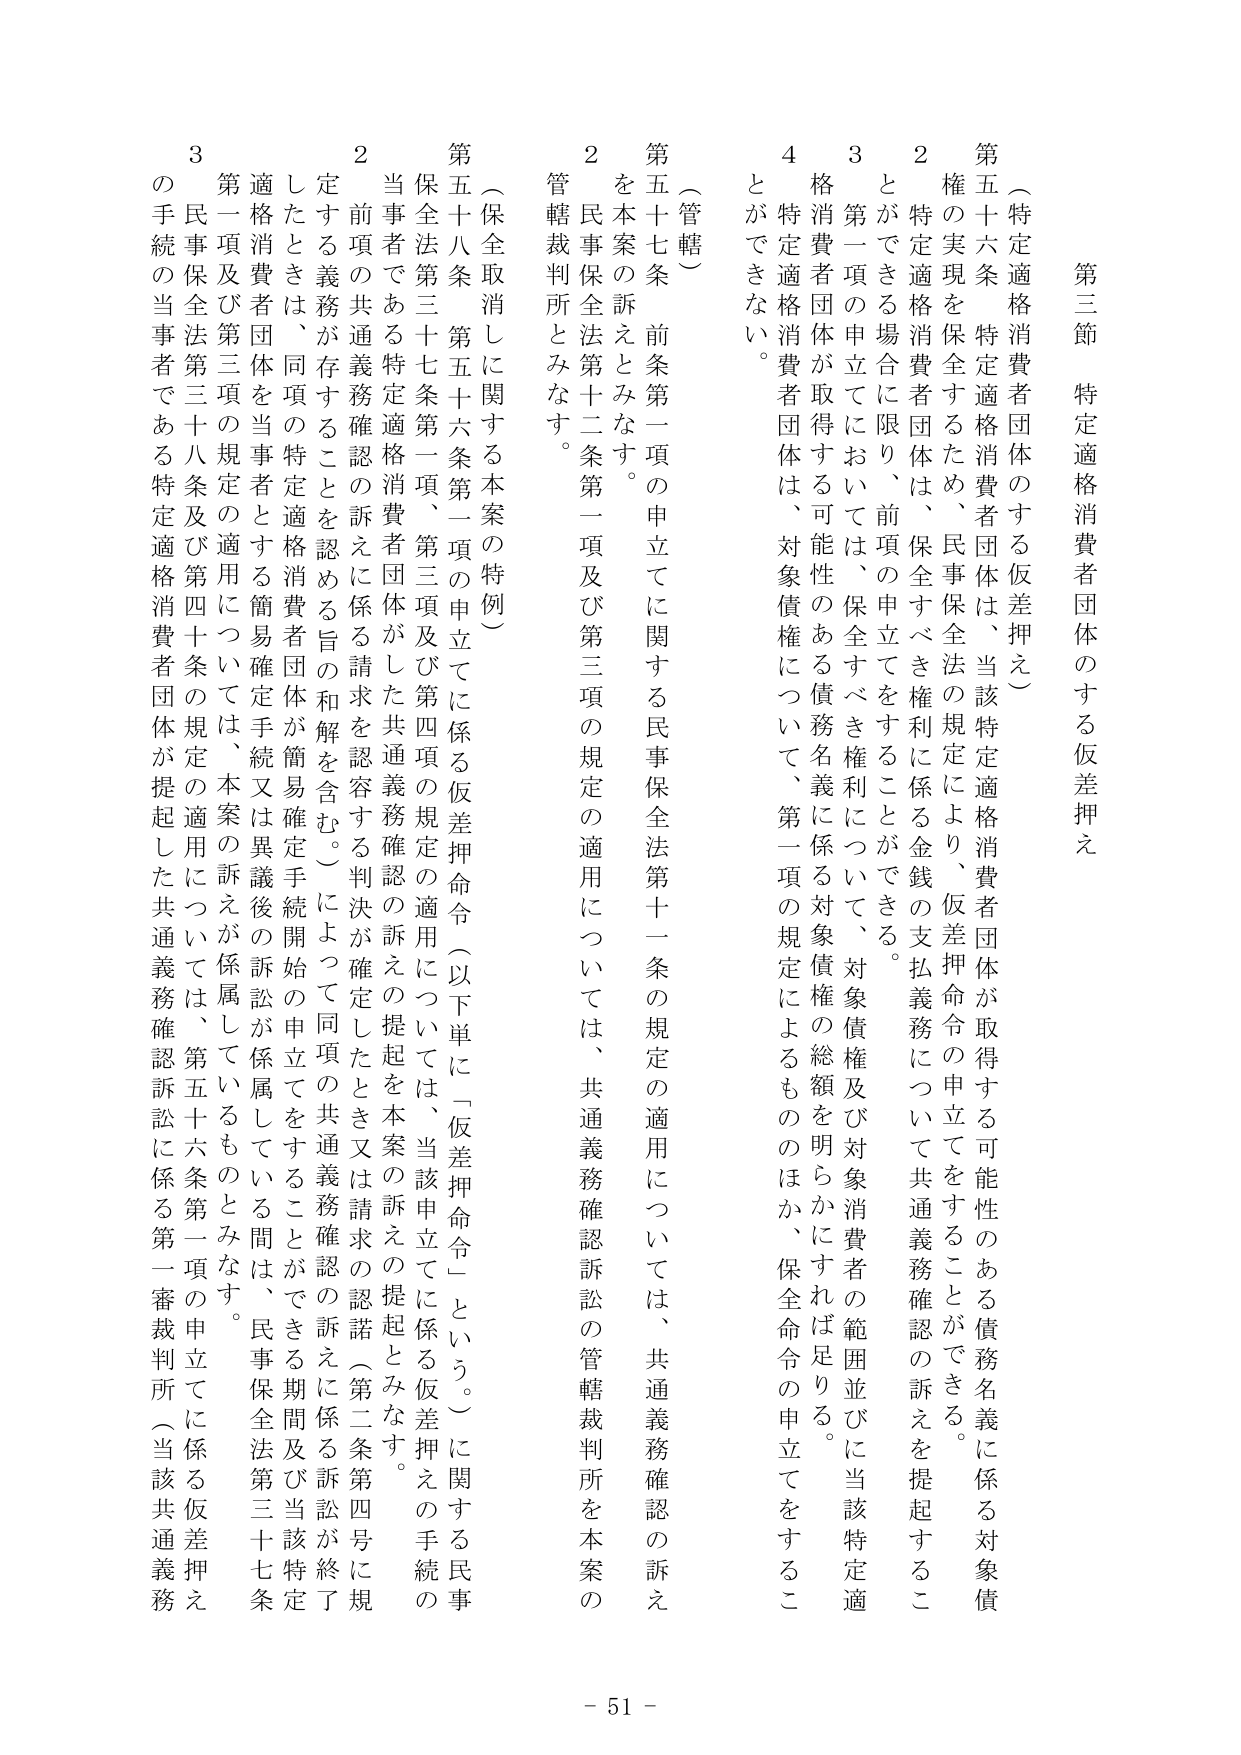
第三節 特定適格消費者団体のする仮差押え

（特定適格消費者団体のする仮差押え）

第五十六条 特定適格消費者団体は、当該特定適格消費者団体が取得する可能性のある債務名義に係る対象債権の実現を保全するため、民事保全法の規定により、仮差押命令の申立てをすることができる。

２ 特定適格消費者団体は、保全すべき権利に係る金銭の支払義務について共通義務確認の訴えを提起することができる場合に限り、前項の申立てをすることができる。

３ 第一項の申立てにおいては、保全すべき権利について、対象債権及び対象消費者の範囲並びに当該特定適格消費者団体が取得する可能性のある債務名義に係る対象債権の総額を明らかにすれば足りる。

４ 特定適格消費者団体は、対象債権について、第一項の規定によるものほか、保全命令の申立てをすることができない。

（管轄）

第五十七条 前条第一項の申立てに関する民事保全法第十一条の規定の適用については、共通義務確認の訴えを本案の訴えとみなす。

２ 民事保全法第十二条第一項及び第三項の規定の適用については、共通義務確認訴訟の管轄裁判所を本案の管轄裁判所とみなす。

（保全取消しに関する本案の特例）

第五十八条 第五十六条第一項の申立てに係る仮差押命令（以下単に「仮差押命令」という。）に関する民事保全法第三十七条第一項、第三項及び第四項の規定の適用については、当該申立てに係る仮差押えの手続の当事者である特定適格消費者団体がした共通義務確認の訴えの提起を本案の訴えの提起とみなす。

２ 前項の共通義務確認の訴えに係る請求を認容する判決が確定したとき又は請求の認諾（第二条第四号に規定する義務が存することを認める旨の和解を含む。）によって同項の共通義務確認の訴えに係る訴訟が終了したときは、同項の特定適格消費者団体が簡易確定手続又は異議後手続開始の申立てをすることができる期間及び当該特定適格消費者団体を当事者とする簡易確定手続又は異議後手続開始の申立てをすることができる間は、民事保全法第三十七条第一項及び第三項の規定の適用については、本案の訴えが係属しているものとみなす。

３ 民事保全法第三十八条及び第四十条の規定の適用については、第五十六条第一項の申立てに係る仮差押えの手続の当事者である特定適格消費者団体が提起した共通義務確認訴訟に係る第一審裁判所（当該共通義務

- 51 -